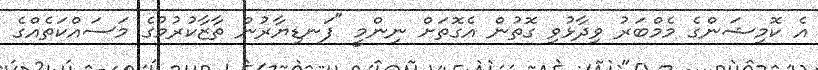
އެ ކޮމިޝަންގެ މެމްބަރު ވިދާޅުވި ގޮތުން އެގޮތަށް ނިންމީ "ފަނޑިޔާރުން ތާޒާކުރުމުގެ މަސައްކަތެއްގެ